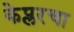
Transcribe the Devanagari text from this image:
केप्लरचा